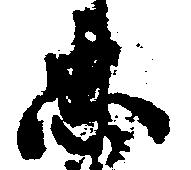
忠